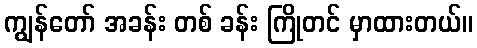
ကျွန်တော် အခန်း တစ် ခန်း ကြိုတင် မှာထားတယ်။